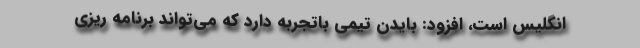
انگلیس است، افزود: بایدن تیمی باتجربه دارد که می‌تواند برنامه ریزی